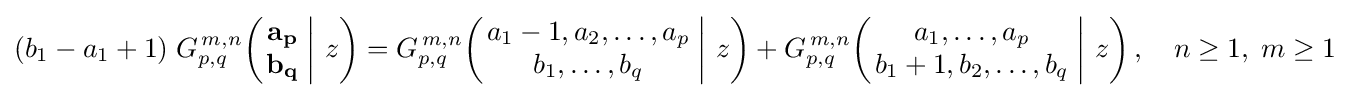
(b_{1}-a_{1}+1)\;G_{p,q}^{\,m,n}\!\left(\left.{\begin{matrix}\mathbf {a_{p}} \\\mathbf {b_{q}} \end{matrix}}\;\right|\,z\right)=G_{p,q}^{\,m,n}\!\left(\left.{\begin{matrix}a_{1}-1,a_{2},\dots ,a_{p}\\b_{1},\dots ,b_{q}\end{matrix}}\;\right|\,z\right)+G_{p,q}^{\,m,n}\!\left(\left.{\begin{matrix}a_{1},\dots ,a_{p}\\b_{1}+1,b_{2},\dots ,b_{q}\end{matrix}}\;\right|\,z\right),\quad n\geq 1,\;m\geq 1